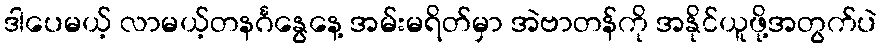
ဒါပေမယ့် လာမယ့်တနင်္ဂနွေနေ့ အမ်းမရိတ်မှာ အဲဗာတန်ကို အနိုင်ယူဖို့အတွက်ပဲ